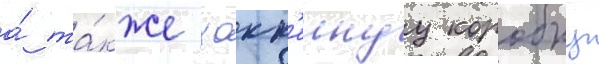
а́ та́кже хокк'еинуу коробку